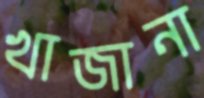
খাজানা